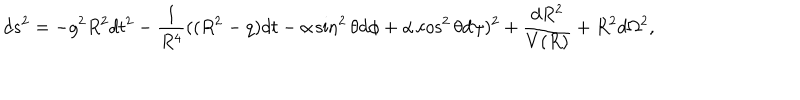
LaTeX: d s ^ { 2 } = - g ^ { 2 } R ^ { 2 } d t ^ { 2 } - \frac { 1 } { R ^ { 4 } } ( ( R ^ { 2 } - q ) d t - \alpha \sin ^ { 2 } \theta d \phi + \alpha \cos ^ { 2 } \theta d \psi ) ^ { 2 } + \frac { d R ^ { 2 } } { V ( R ) } + R ^ { 2 } d \Omega ^ { 2 } ,